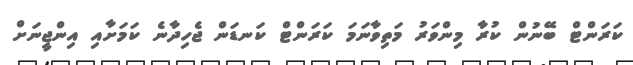
ކަރަންޓް ބޭނުން ކުރާ މިންވަރު މަތިވާނަމަ ކަރަންޓް ކަނޑަން ޖެހިދާނެ ކަމަށާއި އިންޖީނަށް